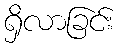
ရှိလာခြင်း